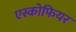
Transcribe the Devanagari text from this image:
एस्कोफियर